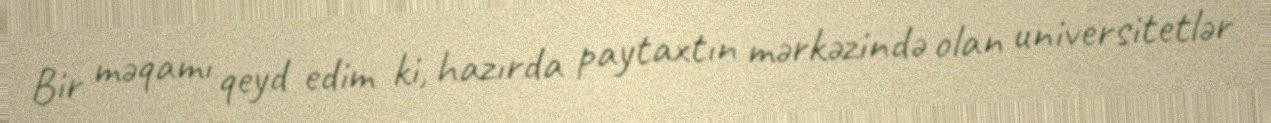
Bir məqamı qeyd edim ki, hazırda paytaxtın mərkəzində olan universitetlər